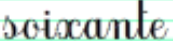
soixante